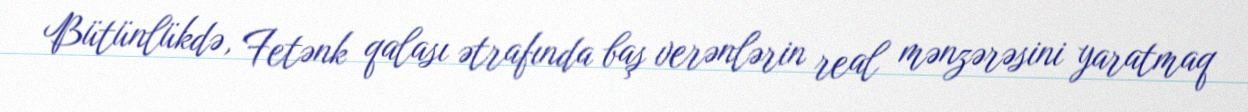
Bütünlükdə, Fetənk qalası ətrafında baş verənlərin real mənzərəsini yaratmaq